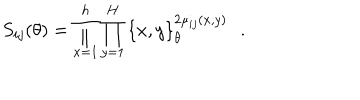
LaTeX: S _ { i j } ( \theta ) = \prod _ { x = 1 } ^ { h } \prod _ { y = 1 } ^ { H } \left\{ x , y \right\} _ { \theta } ^ { 2 \mu _ { i j } ( x , y ) } \, \, \, \, .